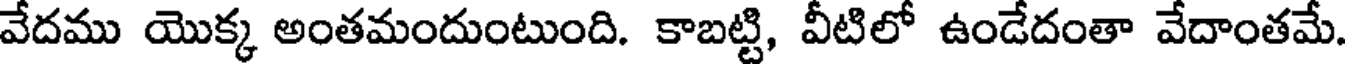
వేదము యొక్క అంతమందుంటుంది. కాబట్టి, వీటిలో ఉండేదంతా వేదాంతమే.